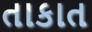
તાકાત